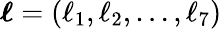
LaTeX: \boldsymbol{\ell}=(\ell_{1},\ell_{2},\dots,\ell_{7})